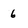
Character: 6